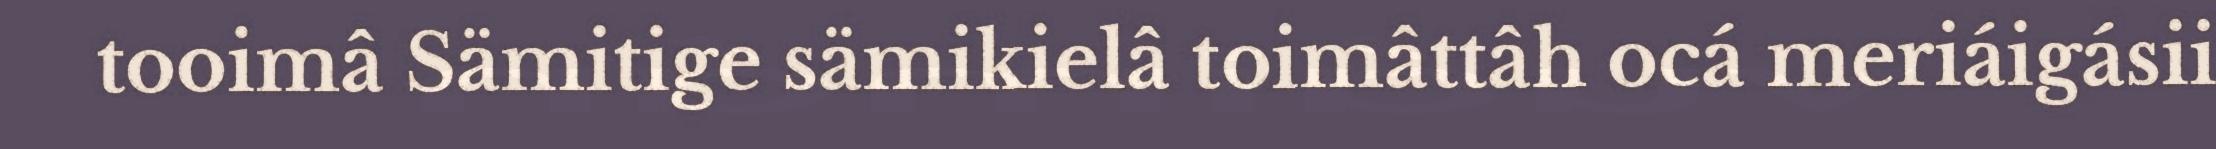
tooimâ Sämitige sämikielâ toimâttâh ocá meriáigásii